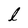
Character: l